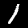
Digit: 1